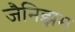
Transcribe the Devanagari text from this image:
जैनिझम